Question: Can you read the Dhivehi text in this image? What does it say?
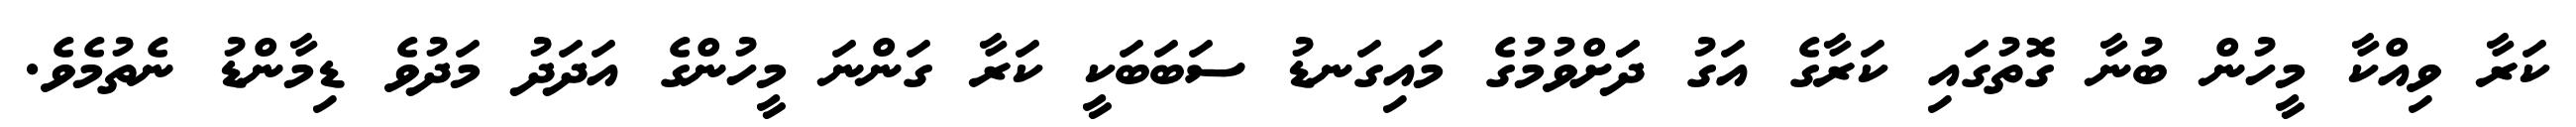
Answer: ކަރާ ވިއްކާ މީހުން ބުނާ ގޮތުގައި ކަރާގެ އަގު ދަަށްވުމުގެ މައިގަނޑު ސަބަބަކީ ކަރާ ގަންނަ މީހުންގެ އަދަދު މަދުވެ ޑިމާންޑު ނެތުމެވެ.